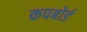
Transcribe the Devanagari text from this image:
कपबोर्ड